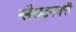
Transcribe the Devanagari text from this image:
ग्लैसटनबरी